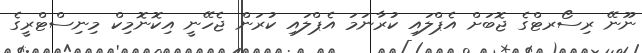
ނޫނޭ ރިސޯރޓްގެ ޖޮބަށް އެޕްލައި ކުރާނަމަ އެޕްލައި ކުރަން ޖެހޭނީ އިކޮނޮމިކް މިނިސްޓްރީގެ